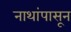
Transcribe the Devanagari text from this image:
नाथांपासून